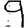
Digit: 9